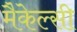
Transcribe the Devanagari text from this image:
मैकेल्सी